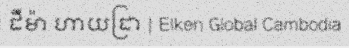
ដឺម៉ា ហាយដ្រា | Elken Global Cambodia